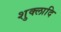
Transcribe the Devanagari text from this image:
शुक्लादि